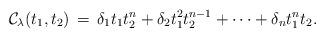
LaTeX: \begin{align*} \mathcal{C}_\lambda (t_1,t_2) \,= \, \delta_1 t_1 t_2^n+ \delta_2 t_1^2 t_2^{n-1}+ \cdots + \delta_{n} t_1^n t_2.\end{align*}